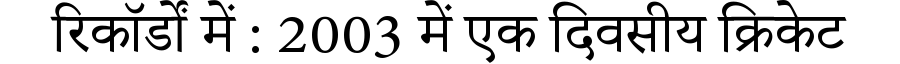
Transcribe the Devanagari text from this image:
रिकॉर्डों में : 2003 में एक दिवसीय क्रिकेट